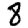
Digit: 8